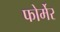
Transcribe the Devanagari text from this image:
फोर्मेर